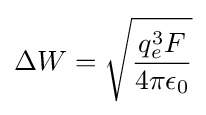
\Delta W={\sqrt {q_{e}^{3}F \over 4\pi \epsilon _{0}}}